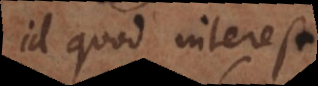
id quod interest